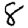
Digit: 8